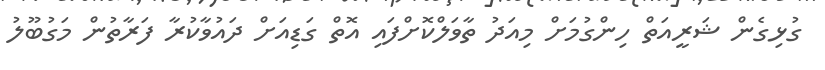
ގުޅިގެން ޝަރީއަތް ހިންގުމަށް މިއަދު ތާވަލްކޮށްފައި އޮތް ގަޑިއަށް ދައުވާކުރާ ފަރާތުން މަގުބޫލު